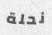
نحلة